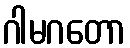
ဂါမဂတော